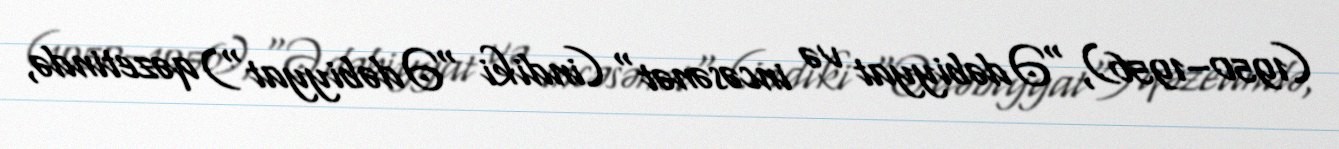
(1950–1956), "Ədəbiyyat və incəsənət" (indiki "Ədəbiyyat") qəzetində,